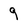
Character: 9